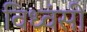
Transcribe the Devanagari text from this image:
विध्वंसी